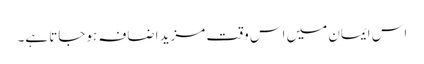
اس ایمان میں اس وقت مزید اضافہ ہوجاتا ہے۔